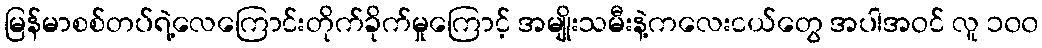
မြန်မာစစ်တပ်ရဲ့လေကြောင်းတိုက်ခိုက်မှုကြောင့် အမျိုးသမီးနဲ့ကလေးငယ်တွေ အပါအဝင် လူ ၁၀၀